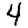
Digit: 4